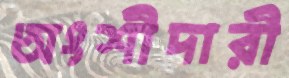
অংশীদারী